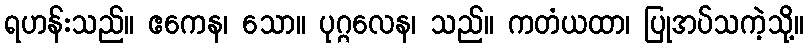
ရဟန်းသည်။ ဧကေန၊ သော။ ပုဂ္ဂလေန၊ သည်။ ကတံယထာ၊ ပြုအပ်သကဲ့သို့။